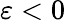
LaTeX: \varepsilon<0